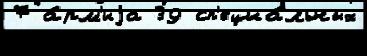
7 а́рм'иjа 39 сп'ециа́льных